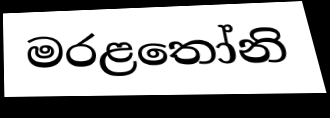
මරළතෝනි